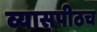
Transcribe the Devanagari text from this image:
व्यासपीठच